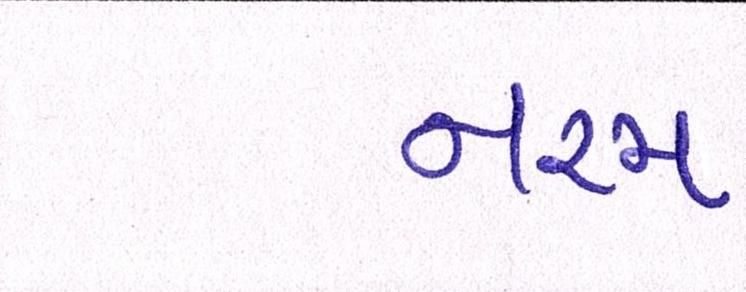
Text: નરમ